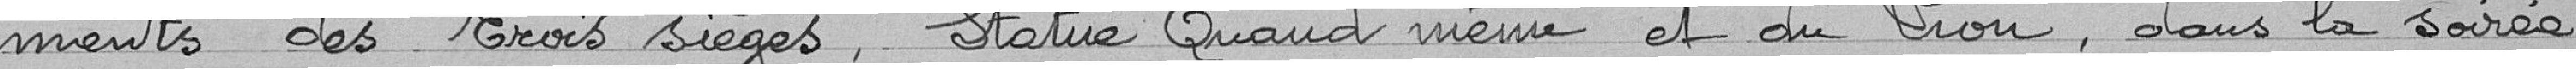
ments des trois sièges, Statue Quand même et du Lion, dans la soirée